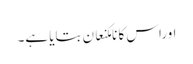
اوراس کا نامکنعان بتایا ہے۔